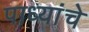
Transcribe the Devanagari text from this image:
पाध्यांचे